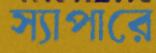
স্যাপারে